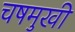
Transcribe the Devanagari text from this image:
चषमुखी